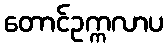
တောင်ဥက္ကလာပ